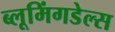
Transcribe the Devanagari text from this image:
ब्लूमिंगडेल्स